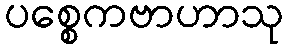
ပစ္စေကဗာဟာသု